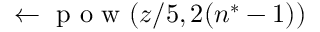
\leftarrow \mathrm { ~ p ~ o ~ w ~ } ( z / 5 , 2 ( n ^ { * } - 1 ) )